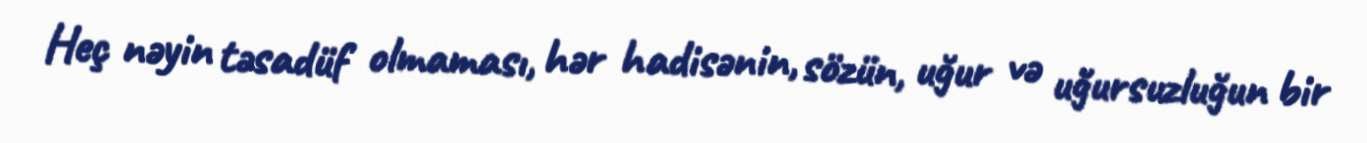
Heç nəyin təsadüf olmaması, hər hadisənin, sözün, uğur və uğursuzluğun bir